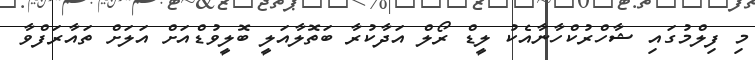
މި ފިލްމުގައި ޝާހްރުކްހާނާއެކު ލީޑް ރޯލް އަދާކުރާ ބަތޮލާއަލީ ބޮލީވުޑްއަށް އަލަށް ތައާރަފްވާ